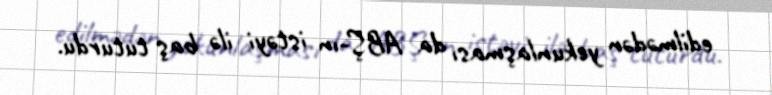
edilmədən yekunlaşması da ABŞ-ın istəyi ilə baş tuturdu.